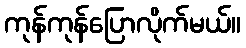
ကုန်ကုန်ပြောလိုက်မယ်။